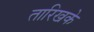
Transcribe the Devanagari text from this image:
तारिखके